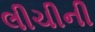
લીચીની